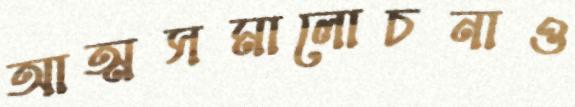
আত্মসমালোচনাও